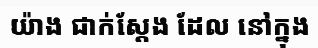
យ៉ាង ជាក់ស្តែង ដែល នៅក្នុង